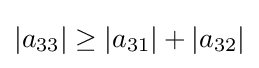
|a_{33}|\geq |a_{31}|+|a_{32}|